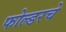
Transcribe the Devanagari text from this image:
फोल्डरचे